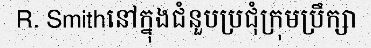
R. Smithនៅក្នុងជំនួបប្រជុំក្រុមប្រឹក្សា